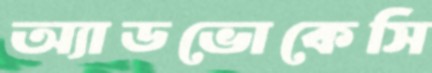
অ্যাডভোকেসি